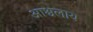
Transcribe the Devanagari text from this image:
आश्वलाय